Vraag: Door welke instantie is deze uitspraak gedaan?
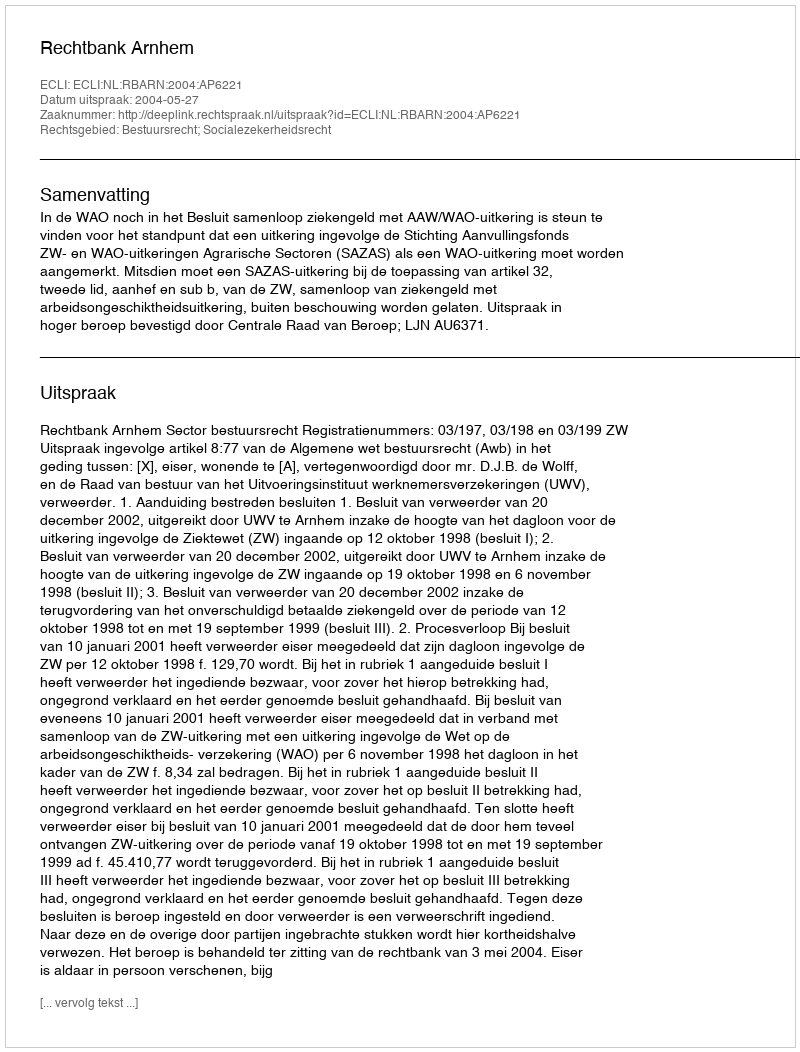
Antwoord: Rechtbank Arnhem